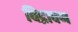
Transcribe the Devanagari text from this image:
विद्रावण